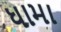
ધામા